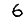
Digit: 6